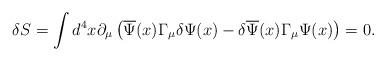
LaTeX: \begin{align*}\delta S=\int d^4x\partial _\mu \left( \overline{\Psi }(x)\Gamma_\mu \delta \Psi (x)-\delta \overline{\Psi }(x)\Gamma _\mu \Psi(x)\right) =0 . \end{align*}